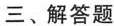
三、解答题